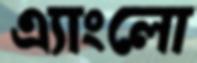
এ্যাংলো